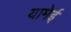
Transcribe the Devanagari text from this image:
यामेई